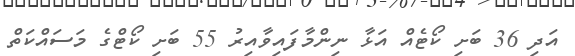
އަދި 36 ބަށި ކޯޓެއް އަޅާ ނިންމާފައިވާއިރު 55 ބަށި ކޯޓްގެ މަސައްކަތް